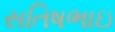
સતિષભાઇ